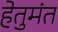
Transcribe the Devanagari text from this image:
हेतुमंत